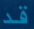
قد